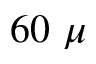
6 0 \ \mu